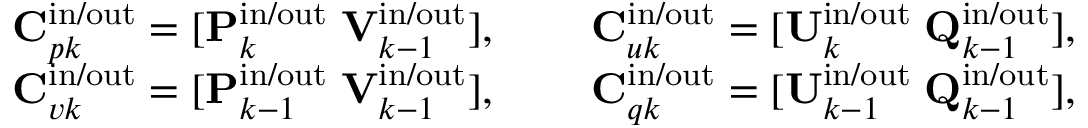
\begin{array} { r l } { \mathbf { C } _ { p k } ^ { \mathrm { i n } / \mathrm { o u t } } = [ \mathbf { P } _ { k } ^ { \mathrm { i n } / \mathrm { o u t } } \; \mathbf { V } _ { k - 1 } ^ { \mathrm { i n } / \mathrm { o u t } } ] , \; } & { \quad \mathbf { C } _ { u k } ^ { \mathrm { i n } / \mathrm { o u t } } = [ \mathbf { U } _ { k } ^ { \mathrm { i n } / \mathrm { o u t } } \; \mathbf { Q } _ { k - 1 } ^ { \mathrm { i n } / \mathrm { o u t } } ] , } \\ { \mathbf { C } _ { v k } ^ { \mathrm { i n } / \mathrm { o u t } } = [ \mathbf { P } _ { k - 1 } ^ { \mathrm { i n } / \mathrm { o u t } } \; \mathbf { V } _ { k - 1 } ^ { \mathrm { i n } / \mathrm { o u t } } ] , \; } & { \quad \mathbf { C } _ { q k } ^ { \mathrm { i n } / \mathrm { o u t } } = [ \mathbf { U } _ { k - 1 } ^ { \mathrm { i n } / \mathrm { o u t } } \; \mathbf { Q } _ { k - 1 } ^ { \mathrm { i n } / \mathrm { o u t } } ] , } \end{array}